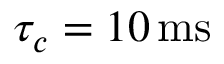
\tau _ { c } = 1 0 \, \mathrm { m s }